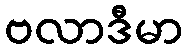
ဗလာဒီမာ